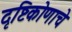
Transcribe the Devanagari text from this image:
दृष्टिकोणाचे